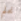
نحلم